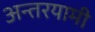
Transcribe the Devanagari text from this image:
अन्‍तरयामी